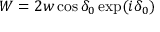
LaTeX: W = 2 w \cos \delta _ { 0 } \exp ( i \delta _ { 0 } )